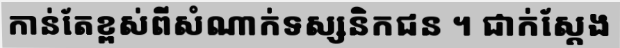
កាន់តែខ្ពស់ពីសំណាក់ទស្សនិកជន ។ ជាក់ស្តែង